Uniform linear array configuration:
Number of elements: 8
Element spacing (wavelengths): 0.25
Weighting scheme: binomial
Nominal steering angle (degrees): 15
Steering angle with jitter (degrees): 13.085
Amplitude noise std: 0.05
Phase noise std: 0.05

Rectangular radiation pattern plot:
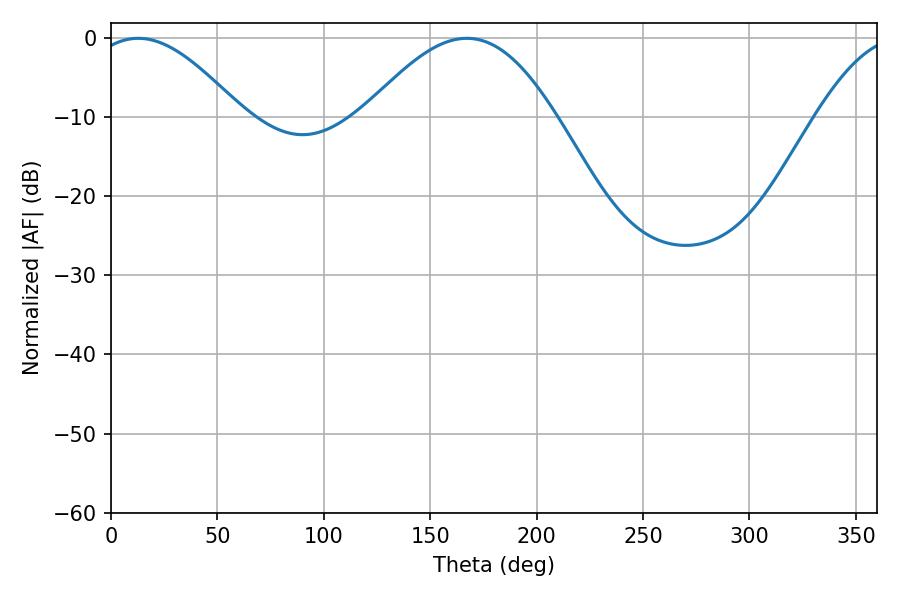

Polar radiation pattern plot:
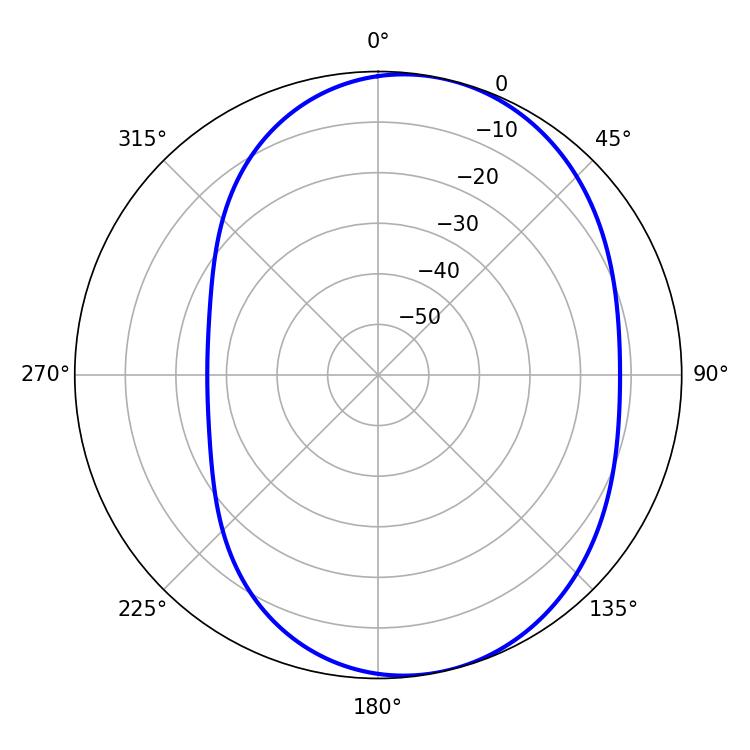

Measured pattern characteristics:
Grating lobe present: FALSE
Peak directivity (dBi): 6.121
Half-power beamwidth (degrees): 38.16
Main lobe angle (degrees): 12.78